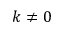
k \neq 0